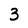
Character: 3